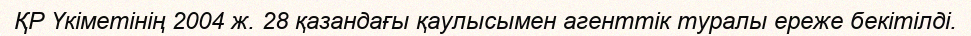
ҚР Үкіметінің 2004 ж. 28 қазандағы қаулысымен агенттік туралы ереже бекітілді.